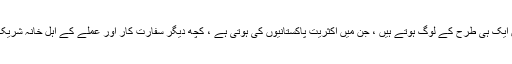
ایسا کیوں ہے کہ برسوں سے 5فروری کو پاکستانی سفارت خانے کی تقریبات میں ایک ہی طرح کے لوگ ہوتے ہیں ، جن میں اکثریت پاکستانیوں کی ہوتی ہے ، کچھ دیگر سفارت کار اور عملے کے اہل خانہ شریک ہوجاتے ہیں،اس وقت کا سفیر کشمیر پر ایک رٹی رٹائی تقریر کرتا ہے اور بس؟